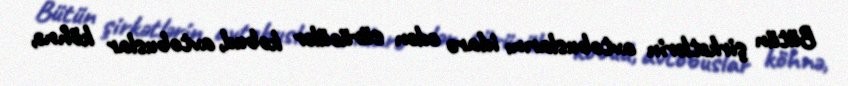
Bütün şirkətlərin avtobuslarını idarə edən sürücülər kobud, avtobuslar köhnə,